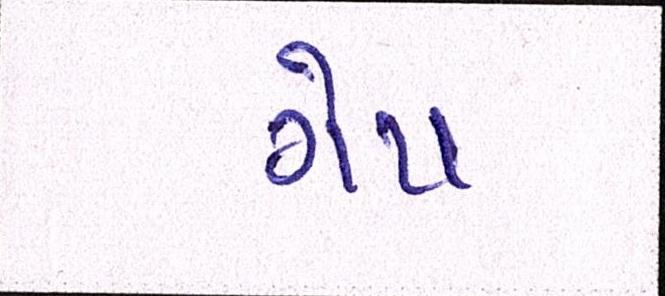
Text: ગેપ